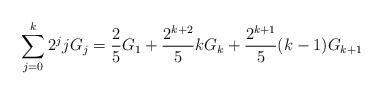
LaTeX: \begin{align*}\sum_{j = 0}^k {2^j jG_j } = \frac{2}{5}G_1 + \frac{{2^{k + 2} }}{5}kG_k + \frac{{2^{k + 1} }}{5}(k - 1)G_{k + 1}\end{align*}